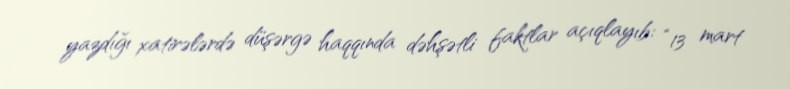
yazdığı xatirələrdə düşərgə haqqında dəhşətli faktlar açıqlayıb: “13 mart